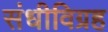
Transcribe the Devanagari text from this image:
संधीविग्रह